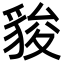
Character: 䝜